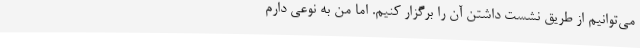
می‌توانیم از طریق نشست داشتن آن را برگزار کنیم. اما من به نوعی دارم